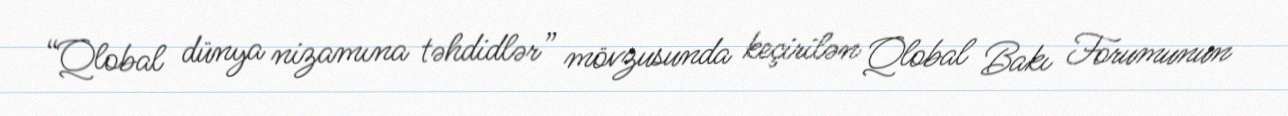
“Qlobal dünya nizamına təhdidlər” mövzusunda keçirilən Qlobal Bakı Forumunun